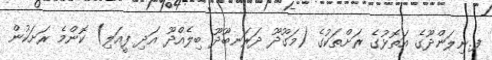
ފ.ނިލަންދޫގެ އަތޮޅުގެ ރަށްތަކުގެ (މަގޫދޫ ދަރަނބޫދޫ ބިލެއްދޫ އަދި ފީއަލި) ކޮންމެ ރަށަކުން